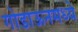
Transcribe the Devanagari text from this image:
गोडाऊनमध्ये